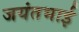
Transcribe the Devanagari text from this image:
जयंतभाई